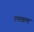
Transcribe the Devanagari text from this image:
रमवल